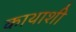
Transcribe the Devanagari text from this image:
काथाशी